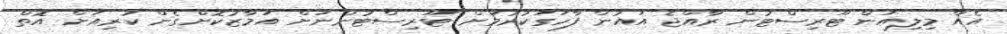
އެއް މިލިއަން ޓޫރިސްޓުން ރާއްޖެ އައުން ފާހަގަކުރުމަށް ޓޫރިސްޓުންނަށް އަމާޒުކޮށްގެން ކުރިއަށް އޮތް